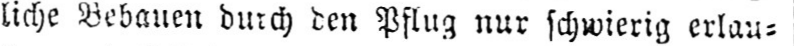
liche Bebauen durch den Pflug nur schwierig erlau⸗